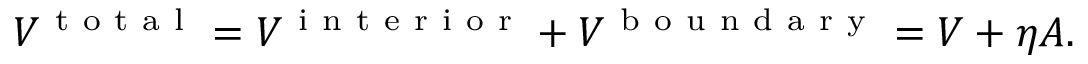
V ^ { \mathrm { ~ t ~ o ~ t ~ a ~ l ~ } } = V ^ { \mathrm { ~ i ~ n ~ t ~ e ~ r ~ i ~ o ~ r ~ } } + V ^ { \mathrm { ~ b ~ o ~ u ~ n ~ d ~ a ~ r ~ y ~ } } = V + \eta A .